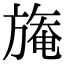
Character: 𣄑